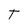
Character: T